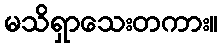
မသိရှာသေးတကား။